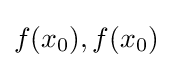
f(x_{0}),f(x_{0})